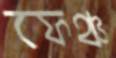
ফেঞ্চ